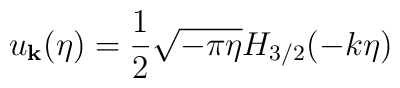
u_{\bf k} (\eta) = \frac{1}{2} \sqrt{-\pi \eta} H_{3/2} (- k \eta)